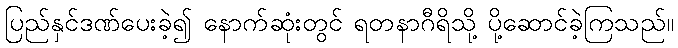
ပြည်နှင်ဒဏ်ပေးခဲ့၍ နောက်ဆုံးတွင် ရတနာဂီရိသို့ ပို့ဆောင်ခဲ့ကြသည်။